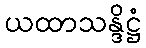
ယထာသန္ဒိဋ္ဌံ